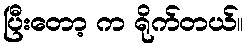
ပြီးတော့ က ရိုက်တယ်။